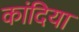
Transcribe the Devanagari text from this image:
कांदिया